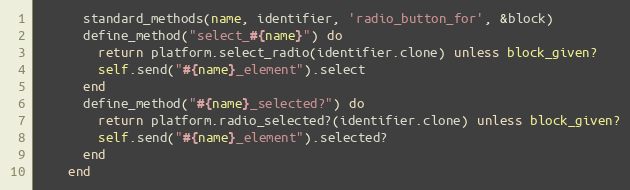
Language: Ruby
      standard_methods(name, identifier, 'radio_button_for', &block)
      define_method("select_#{name}") do
        return platform.select_radio(identifier.clone) unless block_given?
        self.send("#{name}_element").select
      end
      define_method("#{name}_selected?") do
        return platform.radio_selected?(identifier.clone) unless block_given?
        self.send("#{name}_element").selected?
      end
    end